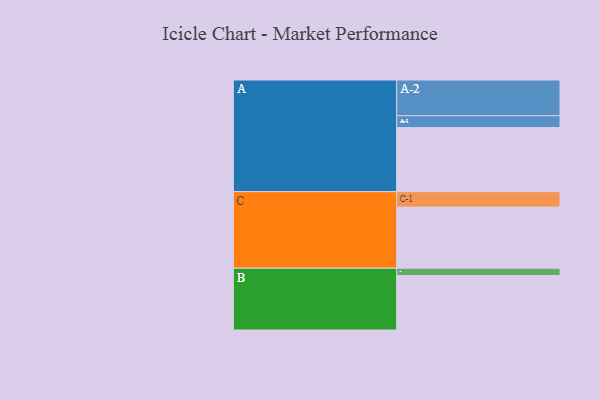
{"axis": {"x": "Segment", "y": "Value"}, "legend": ["", "A", "B", "C"], "data": [{"x": "A", "y": 506, "type": ""}, {"x": "B", "y": 431, "type": ""}, {"x": "C", "y": 483, "type": ""}, {"x": "A-1", "y": 94, "type": "A"}, {"x": "A-2", "y": 282, "type": "A"}, {"x": "B-1", "y": 57, "type": "B"}, {"x": "C-1", "y": 122, "type": "C"}]}